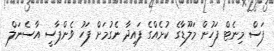
ފަސް މިނެޓް ފަހުން މަލޫޑާގެ ކުށެއްގެ ފައިދާ ނެގުމަށް ފަހު ވެންޕާސީ އާސެނަލް